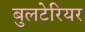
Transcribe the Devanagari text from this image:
बुलटेरियर